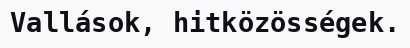
Vallások, hitközösségek.